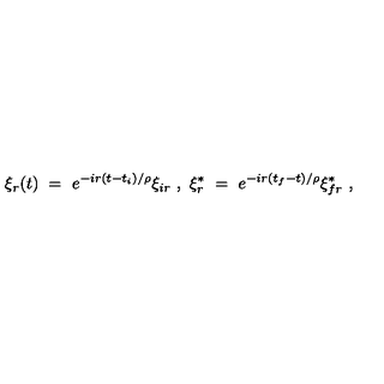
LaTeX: \xi _ { r } ( t ) \ = \ e ^ { - i r ( t - t _ { i } ) / \rho } \xi _ { i r } \ , \ \xi _ { r } ^ { * } \ = \ e ^ { - i r ( t _ { f } - t ) / \rho } \xi _ { f r } ^ { * } \ ,